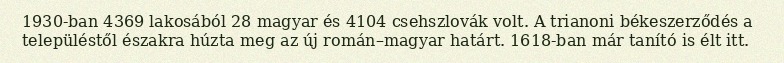
1930-ban 4369 lakosából 28 magyar és 4104 csehszlovák volt. A trianoni békeszerződés a településtől északra húzta meg az új román–magyar határt. 1618-ban már tanító is élt itt.